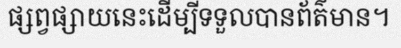
ផ្សព្វផ្សាយនេះដើម្បីទទួលបានព័ត៌មាន។